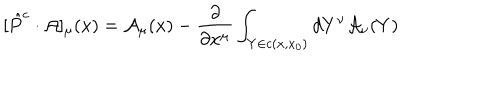
[ \hat { P } ^ { c } \cdot { \cal A } ] _ { \mu } ( x ) = { \cal A } _ { \mu } ( x ) - \frac { \partial } { \partial x ^ { \mu } } \int _ { Y \in c ( x , x _ { 0 } ) } d Y ^ { \nu } { \cal A } _ { \nu } ( Y )